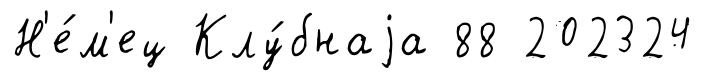
Н'е́м'ец Клу́бнаjа 88 202324